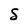
Character: S